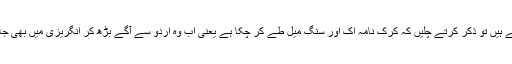
بہرحال، اب آئے ہیں تو ذکر کرتے چلیں کہ کرک نامہ اک اور سنگ میل طے کر چکا ہے یعنی اب وہ اردو سے آگے بڑھ کر انگریزی میں بھی جاری ہو گیا ہے۔